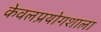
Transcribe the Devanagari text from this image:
केवलप्रयोगशाला